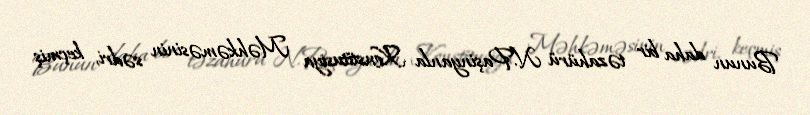
Bunun daha bir təzahürü N.Paşinyanla Konstitusiya Məhkəməsinin sədri, keçmiş